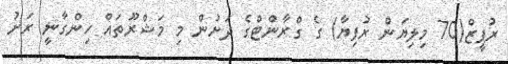
ރުޕީޒް(70 މިލިޔަން ރުފިޔާ) ގެ ގްރާންޓްގެ ދަށުން މި މަޝްރޫތައް ހިންގާނީ ރަށު